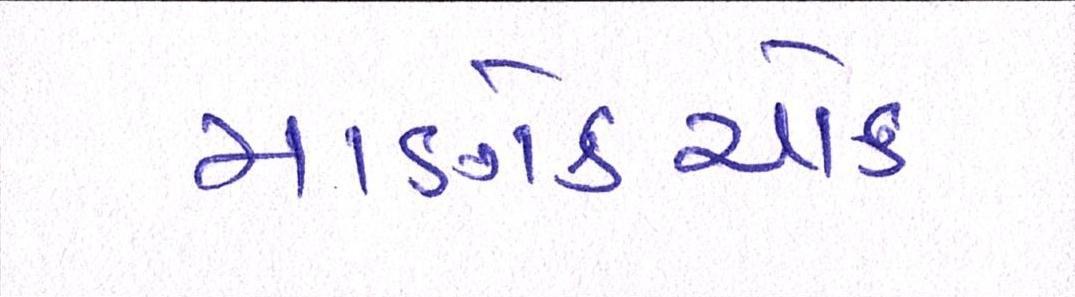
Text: માણેકચોક